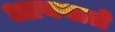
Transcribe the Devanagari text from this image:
आयवाले